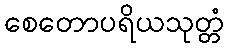
စေတောပရိယသုတ္တံ